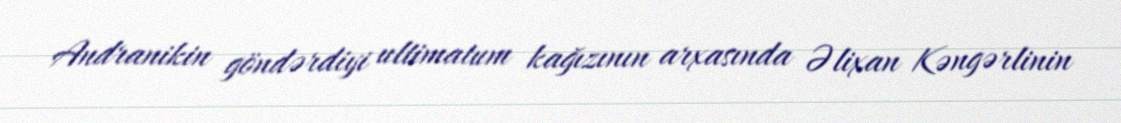
Andranikin göndərdiyi ultimatum kağızının arxasında Əlixan Kəngərlinin